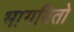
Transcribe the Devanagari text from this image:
भागवितो